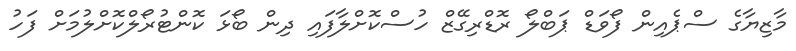
މާޒިޔާގެ ސްޕެއިން ފޯވަޑް ޕަބްލޯ ރޮޑްރިގޭޒް ހުސްކޮށްލާފައި ދިން ބޯޅަ ކޮންޓުރޯލްކޮށްލުމަށް ފަހު